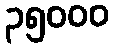
၃၅၀၀၀